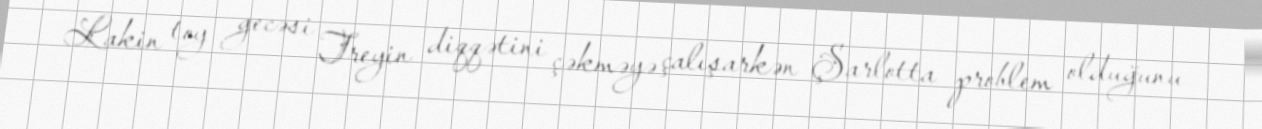
Lakin toy gecəsi Treyin diqqətini çəkməyə çalışarkən Şarlotta problem olduğunu